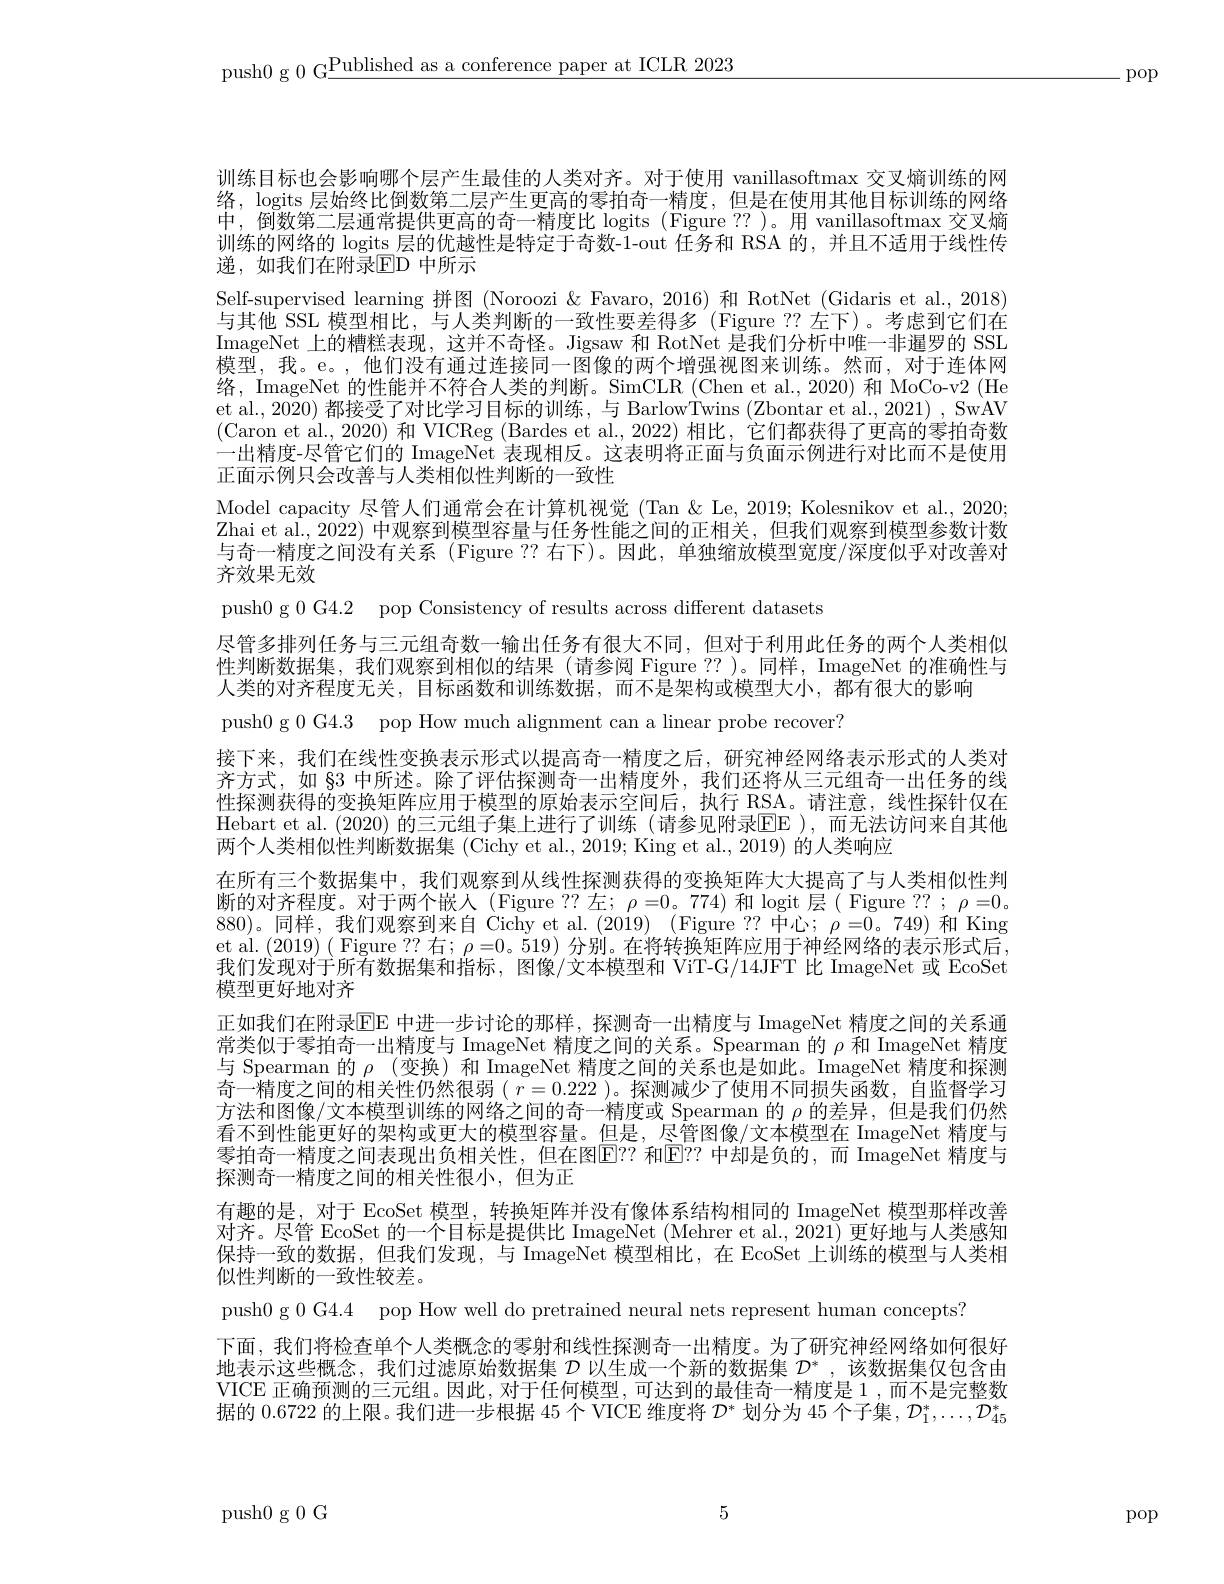
push0 g 0 G$\underline\text{Published as a conference paper at ICLR 2023}$

-pop

训练目标也会影响哪个层产生最佳的人类对齐。对于使用 vanillasoftmax 交叉熵训练的网络，logits 层始终比倒数第二层产生更高的零拍奇一精度，但是在使用其他目标训练的网络中，倒数第二层通常提供更高的奇一精度比 logits (Figure ??)。用 vanillasoftmax 交叉熵训练的网络的logits层的优越性是特定于奇数-1-out 任务和 RSA 的，并且不适用于线性传递，如我们在附录$\operatorname{ED}$ 中所示
Self-supervised learning 拼图 (Noroozi & Favaro, 2016) 和 RotNet (Gidaris et al., 2018) 与其他 SSL 模型相比，与人类判断的一致性要差得多(Figure ??左下)。考虑到它们在ImageNet 上的糟糕表现，这并不奇怪。Jigsaw 和 RotNet 是我们分析中唯一非暹罗的 SSL 模型，我。e。,他们没有通过连接同一图像的两个增强视图来训练。然而，对于连体网络，ImageNet 的性能并不符合人类的判断。SimCLR (Chen et al.,2020) 和 MoCo-v2 (He et al., 2020) 都接受了对比学习目标的训练，与 BarlowTwins (Zbontar et al., 2021) , SwAV (Caron et al., 2020) 和 VICReg (Bardes et al., 2022) 相比，它们都获得了更高的零拍奇数一出精度-尽管它们的 ImageNet 表现相反。这表明将正面与负面示例进行对比而不是使用正面示例只会改善与人类相似性判断的一致性
Model capacity 尽管人们通常会在计算机视觉(Tan&Le,2019; Kolesnikov et al., 2020; Zhai et al., 2022) 中观察到模型容量与任务性能之间的正相关，但我们观察到模型参数计数与奇一精度之间没有关系 (Figure ?? 右下)。因此，单独缩放模型宽度/深度似乎对改善对齐效果无效
push0 g 0 G4.2 pop Consistency of results across different datasets
尽管多排列任务与三元组奇数一输出任务有很大不同，但对于利用此任务的两个人类相似性判断数据集，我们观察到相似的结果(请参阅 Figure??)。同样，ImageNet 的准确性与人类的对齐程度无关，目标函数和训练数据，而不是架构或模型大小，都有很大的影响
push0 g 0 G4.3 pop How much alignment can a linear probe recover?
接下来，我们在线性变换表示形式以提高奇一精度之后，研究神经网络表示形式的人类对齐方式，如$\S^3$中所述。除了评估探测奇一出精度外，我们还将从三元组奇一出任务的线性探测获得的变换矩阵应用于模型的原始表示空间后，执行 RSA。请注意，线性探针仅在Hebart et al. (2020) 的三元组子集上进行了训练 (请参见附录EE ),而无法访问来自其他两个人类相似性判断数据集 (Cichy et al., 2019; King et al., 2019) 的人类响应
在所有三个数据集中，我们观察到从线性探测获得的变换矩阵大大提高了与人类相似性判断的对齐程度。对于两个嵌人(Figure??左；$\rho=0$。774)和logit层(Figure??; $\rho=0$。880)。同样，我们观察到来自 Cichy et al.(2019) (Figure ?? 中心；$\rho=0$。749)和 King et al. (2019) ( Figure ?? 右；$\rho=0$。519) 分别。在将转换矩阵应用于神经网络的表示形式后， 我们发现对于所有数据集和指标，图像/文本模型和 ViT-G/14JFT 比 ImageNet 或 EcoSet 模型更好地对齐
正如我们在附录$\operatorname{EE}$ 中进一步讨论的那样，探测奇一出精度与 ImageNet 精度之间的关系通常类似于零拍奇一出精度与 ImageNet 精度之间的关系。Spearman 的$\rho$和 ImageNet 精度与 Spearman 的$\rho$ (变换) 和 ImageNet 精度之间的关系也是如此。ImageNet 精度和探测奇一精度之间的相关性仍然很弱( $r=0.222$ )。探测减少了使用不同损失函数，自监督学习方法和图像/文本模型训练的网络之间的奇一精度或 Spearman 的$\rho$的差异，但是我们仍然看不到性能更好的架构或更大的模型容量。但是，尽管图像/文本模型在 ImageNet 精度与零拍奇一精度之间表现出负相关性，但在图E？? 和E？? 中却是负的，而 ImageNet 精度与探测奇一精度之间的相关性很小，但为正
有趣的是，对于 EcoSet 模型，转换矩阵并没有像体系结构相同的 ImageNet 模型那样改善对齐。尽管 EcoSet 的一个目标是提供比 ImageNet (Mehrer et al., 2021) 更好地与人类感知保持一致的数据，但我们发现，与 ImageNet 模型相比，在 EcoSet 上训练的模型与人类相似性判断的一致性较差。
push0 g 0 G4.4 pop How well do pretrained neural nets represent human concepts?
下面，我们将检查单个人类概念的零射和线性探测奇一出精度。为了研究神经网络如何很好地表示这些概念，我们过滤原始数据集$\mathcal{D}$以生成一个新的数据集$\mathcal{D}^*$,该数据集仅包含由VICE 正确预测的三元组。因此，对于任何模型，可达到的最佳奇一精度是 1 ,而不是完整数据的0.6722的上限。我们进一步根据 45 个 VICE 维度将$\mathcal{D}^*$划分为 45 个子集，$\mathcal{D}_1^*,\ldots,\mathcal{D}_{45}^*$

5

push0 g 0 G

pop